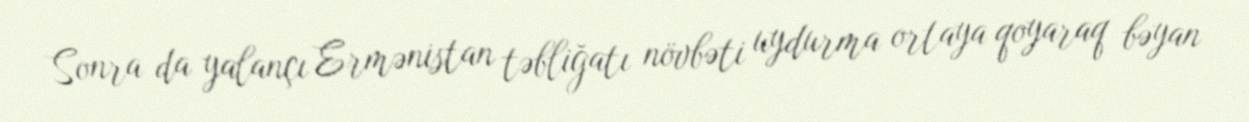
Sonra da yalançı Ermənistan təbliğatı növbəti uydurma ortaya qoyaraq bəyan